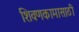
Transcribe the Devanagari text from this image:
शिवणकामासाठी